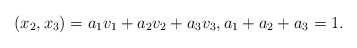
\begin{align*}(x_2, x_3) = a_1v_1 + a_2v_2 + a_3v_3, a_1+a_2+a_3=1.\end{align*}